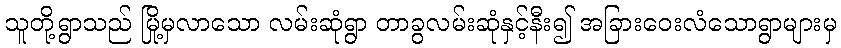
သူတို့ရွာသည် မြို့မှလာသော လမ်းဆုံရွာ တာခွလမ်းဆုံနှင့်နီး၍ အခြားဝေးလံသောရွာများမှ